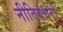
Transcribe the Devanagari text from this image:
नीतिबंधनों